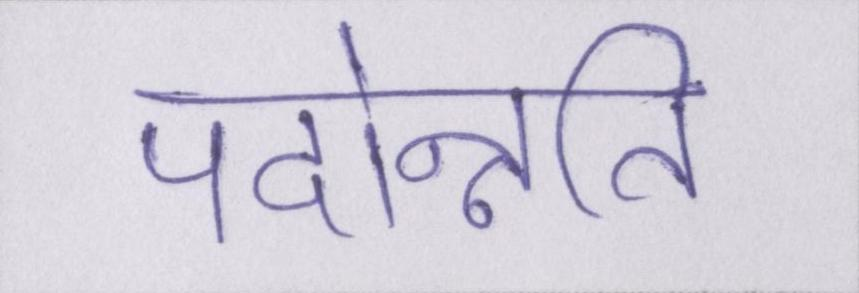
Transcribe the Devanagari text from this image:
पदोन्नति